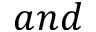
a n d